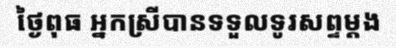
ថ្ងៃពុធ អ្នកស្រីបានទទួលទូរសព្ទម្តង